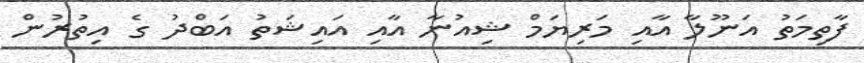
ފާތިމަތު އަނޫލާ އާއި މަރިޔަމް ޝިއުނާ އާއި އައިޝަތު އަބްދު ގެ އިތުރުން